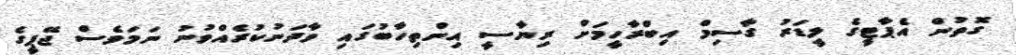
ގޮތުން އެޕާޓީގެ ލީޑަރު ގާސިމް އިބްރާހީމަށް ރިޔާސީ އިންތިހާބުގައި ވާދަނުކުރެއްވުނު ނަމަވެސް ޖޭޕީގެ